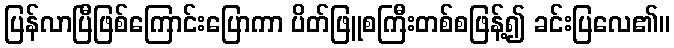
ပြန်လာပြီဖြစ်ကြောင်းပြောကာ ပိတ်ဖြူစကြီးတစ်စဖြန့်၍ ခင်းပြလေ၏။